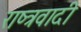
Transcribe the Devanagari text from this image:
राष्त्रवादी